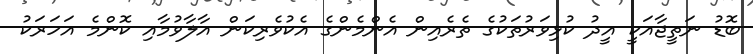
ބޮޑު ނަތީޖާއަކީ އީދު ކުޅިވަރުތަކުގެ ތެރެއިން އެންމެންގެ އެކުވެރިކަން އާލާވުމާއި ކޮންމެ އަހަރަކު